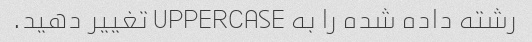
رشته داده شده را به UPPERCASE تغییر دهید.